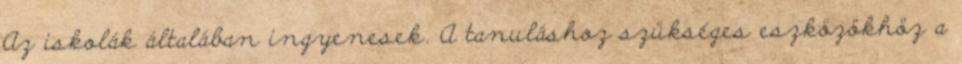
Az iskolák általában ingyenesek. A tanuláshoz szükséges eszközökhöz a